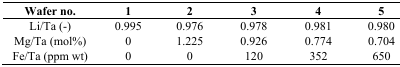
<table><thead><tr><td><b>Wafer no.</b></td><td><b>1</b></td><td><b>2</b></td><td><b>3</b></td><td><b>4</b></td><td><b>5</b></td></tr></thead><tbody><tr><td>Li/Ta (-)</td><td>0.995</td><td>0.976</td><td>0.978</td><td>0.981</td><td>0.980</td></tr><tr><td>Mg/Ta (mol%)</td><td>0</td><td>1.225</td><td>0.926</td><td>0.774</td><td>0.704</td></tr><tr><td>Fe/Ta (ppm wt)</td><td>0</td><td>0</td><td>120</td><td>352</td><td>650</td></tr></tbody></table>